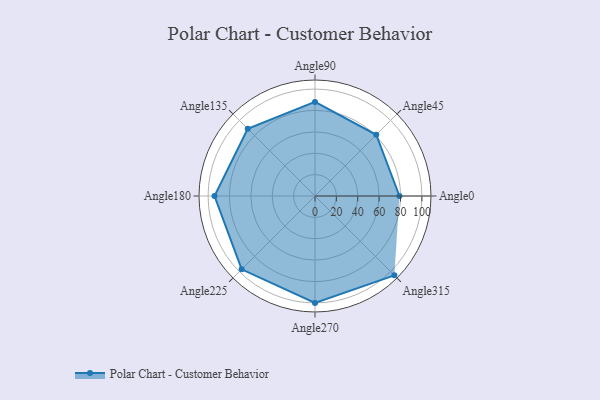
{"axis": {"x": "Angle", "y": "Radius"}, "legend": [""], "data": [{"x": "Angle0", "y": 79.0, "type": ""}, {"x": "Angle45", "y": 81.0, "type": ""}, {"x": "Angle90", "y": 88.0, "type": ""}, {"x": "Angle135", "y": 89.0, "type": ""}, {"x": "Angle180", "y": 94.0, "type": ""}, {"x": "Angle225", "y": 97.0, "type": ""}, {"x": "Angle270", "y": 100.0, "type": ""}, {"x": "Angle315", "y": 105.0, "type": ""}]}